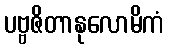
ပဗ္ဗဇိတာနုလောမိကံ